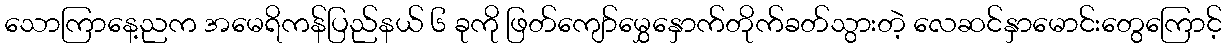
သောကြာနေ့ညက အမေရိကန်ပြည်နယ် ၆ ခုကို ဖြတ်ကျော်မွှေနှောက်တိုက်ခတ်သွားတဲ့ လေဆင်နှာမောင်းတွေကြောင့်